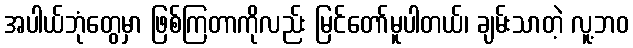
အပါယ်ဘုံတွေမှာ ဖြစ်ကြတာကိုလည်း မြင်တော်မူပါတယ်၊ ချမ်းသာတဲ့ လူ့ဘဝ